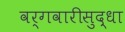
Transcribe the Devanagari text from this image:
वर्गवारीसुद्धा